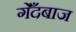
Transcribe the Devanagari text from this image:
गेँदबाज